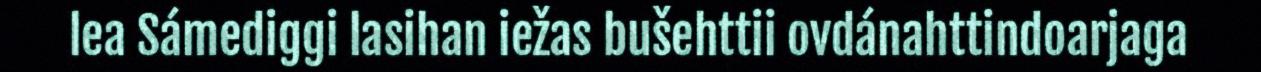
lea Sámediggi lasihan iežas bušehttii ovdánahttindoarjaga